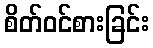
စိတ်ဝင်စားခြင်း